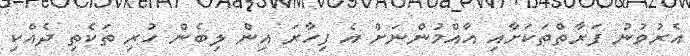
އެރުވުނު ފަރާތްތަކަށާއި އާއްމުންނަށް އެ ފިހާރަ އިން ލިބެން ހުރި ތަކެތި ދެެއްކި